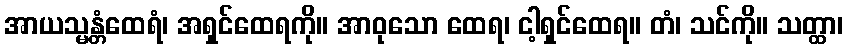
အာယသ္မန္တံထေရံ၊ အရှင်ထေရကို။ အာဝုသော ထေရ၊ ငါ့ရှင်ထေရ။ တံ၊ သင်ကို။ သတ္ထာ၊